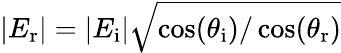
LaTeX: |E_{\mathrm{r}}|=|E_{\mathrm{i}}|\sqrt{\cos(\theta_{\mathrm{i}})/\cos(\theta_{\mathrm{r}})}